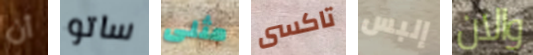
أن ساتو مثلى تاكسى إلبس والان